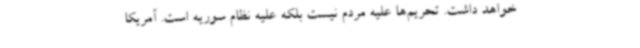
خواهد داشت. تحریم‌ها علیه مردم نیست بلکه علیه نظام سوریه است. آمریکا